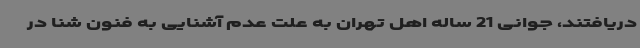
دریافتند، جوانی 21 ساله اهل تهران به علت عدم آشنایی به فنون شنا در